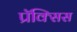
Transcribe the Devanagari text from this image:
प्रॅक्सिस